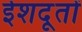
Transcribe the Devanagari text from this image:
ईशदूतों